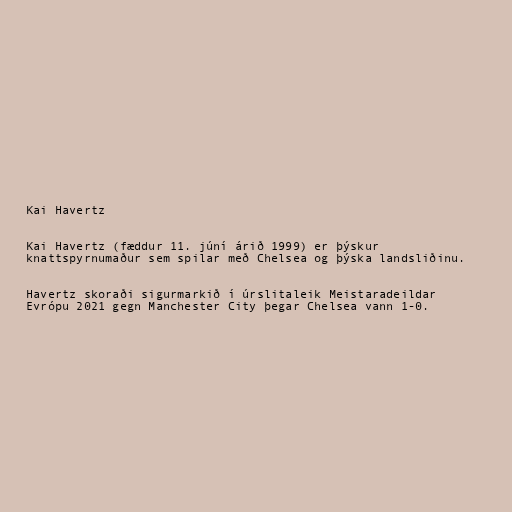
Kai Havertz

Kai Havertz (fæddur 11. júní árið 1999) er þýskur
knattspyrnumaður sem spilar með Chelsea og þýska landsliðinu.

Havertz skoraði sigurmarkið í úrslitaleik Meistaradeildar
Evrópu 2021 gegn Manchester City þegar Chelsea vann 1-0.